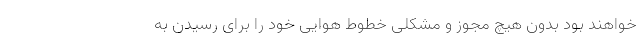
خواهند بود بدون هیچ مجوز و مشکلی خطوط هوایی خود را برای رسیدن به